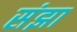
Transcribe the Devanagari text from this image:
संझा